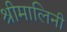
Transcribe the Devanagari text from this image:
श्रीमालिनी